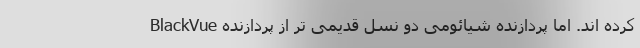
کرده اند. اما پردازنده شیائومی دو نسل قدیمی تر از پردازنده BlackVue